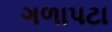
ગળાપટા